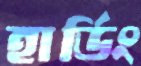
হার্ডিং